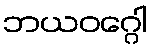
ဘယဝဂ္ဂေါ